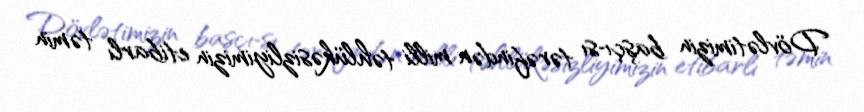
Dövlətimizin başçı­sı tərəfindən milli təhlükəsizliyimizin etibarlı təmin